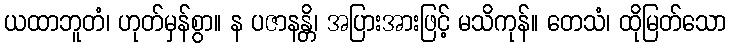
ယထာဘူတံ၊ ဟုတ်မှန်စွာ။ န ပဇာနန္တိ၊ အပြားအားဖြင့် မသိကုန်။ တေသံ၊ ထိုမြတ်သော